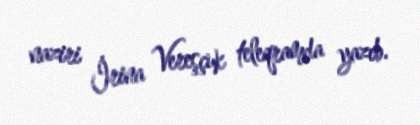
naziri İrina Vereşçuk teleqramda yazıb.